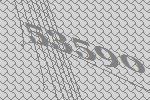
53590